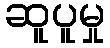
ဆူပူမှု